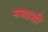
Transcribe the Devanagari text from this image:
मघाशी